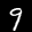
Label: 9